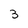
Character: 3